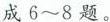
成6~8题。